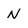
Character: N